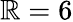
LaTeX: \mathbb{R}=6